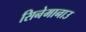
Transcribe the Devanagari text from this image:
सिनेमानाउ